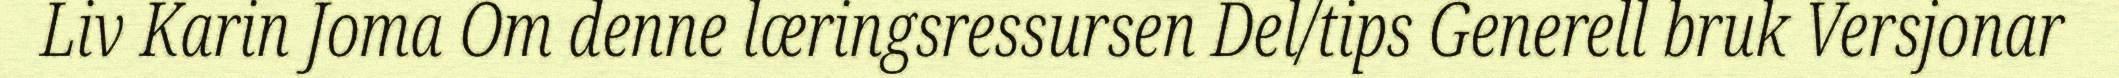
Liv Karin Joma Om denne læringsressursen Del/tips Generell bruk Versjonar